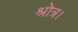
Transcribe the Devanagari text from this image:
श्रोत्र।